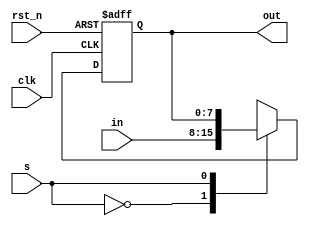
module REG8_hold(clk,rst_n,in,out,s);
parameter N=8;
input clk,s,rst_n;
input signed [N-1:0] in;
output signed [N-1:0] out;
reg signed [N-1:0] in_wire;
reg signed [N-1:0] out;
always @ (*)
begin
    case(s)
    1'b0:in_wire <= in;
    1'b1:in_wire <= out;
    endcase
end
always @ (posedge clk or negedge rst_n)
begin
    if (!rst_n) out <= {N{1'b0}};
    else out <= in_wire;
end
endmodule